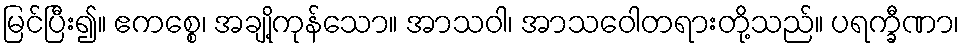
မြင်ပြီး၍။ ဧကစ္စေ၊ အချို့ကုန်သော။ အာသဝါ၊ အာသဝေါတရားတို့သည်။ ပရက္ခီဏာ၊